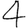
Digit: 4